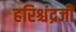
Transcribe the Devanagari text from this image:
हरिश्चंद्रजी